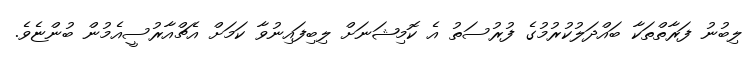
ލިބުނު ފަރާތްތަކާ ބައްދަލުކުރުމުގެ ފުރުސަތު އެ ކޮމިޝަނަށް ލިބިފައިނުވާ ކަމަށް އެޗްއާރުސީއެމުން ބުންޏެވެ.